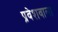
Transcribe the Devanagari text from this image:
प्रवेशवाला